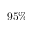
9 5 \%